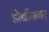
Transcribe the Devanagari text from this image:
डोबीनगर